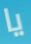
يا